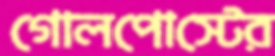
গোলপোস্টের